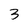
Character: 3